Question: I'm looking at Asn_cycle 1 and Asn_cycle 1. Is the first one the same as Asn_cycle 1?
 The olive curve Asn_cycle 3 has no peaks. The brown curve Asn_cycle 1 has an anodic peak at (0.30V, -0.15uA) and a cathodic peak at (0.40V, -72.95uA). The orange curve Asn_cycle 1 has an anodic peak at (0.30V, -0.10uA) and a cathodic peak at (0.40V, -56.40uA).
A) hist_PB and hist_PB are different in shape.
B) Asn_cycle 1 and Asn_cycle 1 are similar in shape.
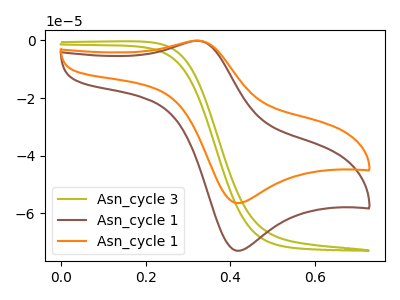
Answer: <think>All the peaks in "Asn_cycle 1" have a peak in "Asn_cycle 1" at the same potential.
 </think>
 <answer>B) "Asn_cycle 1" and "Asn_cycle 1" are similar in shape.</answer>
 <eval>B</eval>